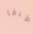
طرفا